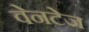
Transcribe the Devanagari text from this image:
वेनटेज